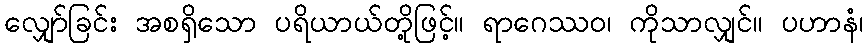
လျှော်ခြင်း အစရှိသော ပရိယာယ်တို့ဖြင့်။ ရာဂေဿဝ၊ ကိုသာလျှင်။ ပဟာနံ၊